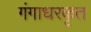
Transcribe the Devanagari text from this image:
गंगाधरकृत